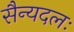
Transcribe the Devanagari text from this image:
सैन्यदलः